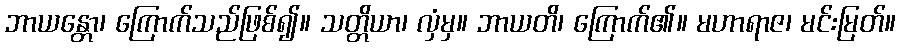
ဘာယန္တော၊ ကြောက်သည်ဖြစ်၍။ သတ္တိယာ၊ လှံမှ။ ဘာယတိ၊ ကြောက်၏။ မဟာရာဇ၊ မင်းမြတ်။